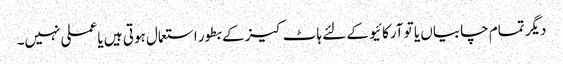
دیگر تمام چابیاں یا تو آرکائیو کے لئے ہاٹ کیز کے بطور استعمال ہوتی ہیں یا عملی نہیں۔